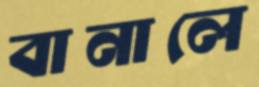
বানালে